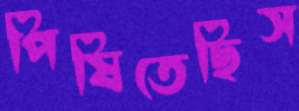
পিষিতেছিস